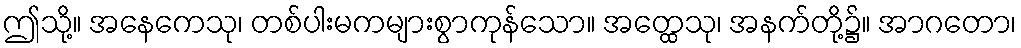
ဤသို့။ အနေကေသု၊ တစ်ပါးမကများစွာကုန်သော။ အတ္ထေသု၊ အနက်တို့၌။ အာဂတော၊